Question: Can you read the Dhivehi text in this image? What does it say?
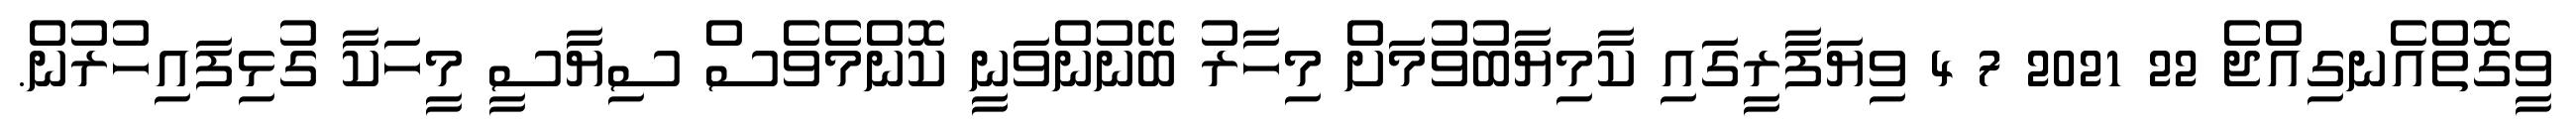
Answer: ވީގޮތްއެނގިއްޖެ 22 2021 7 4 ވިޔަފާރީގައި ކާމިޔާބުވުމަށް މިހާރު ބޭނުންވަނީ ކޮންމެވެސް ސިޔާސީ މީހަކާ ގުޅިފައިހުރުން.